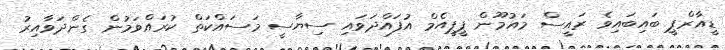
ޑީއާރްޕީ ބައިބައިވެ ރައީސް މައުމޫން ޕީޕީއެމް އުފައްދަވައި ސިޔާސީ މަސައްކަތް ކުރައްވަމުން ގެންދަވާއިރު